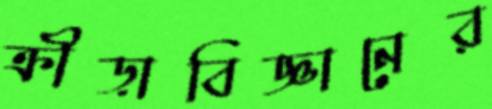
ক্রীড়াবিজ্ঞানের